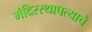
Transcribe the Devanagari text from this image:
मंदिरस्थापत्याचे